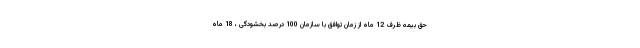
حق بیمه ظرف 12 ماه از زمان توافق با سازمان 100 درصد بخشودگی ، 18 ماه